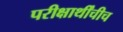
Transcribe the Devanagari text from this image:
परीक्षार्थींचीच